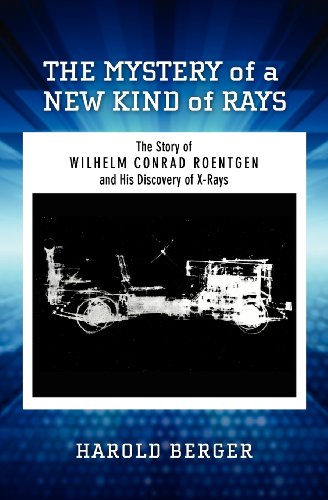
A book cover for The Mystery of a New Kind of Rays: The Story of Wilhelm Conrad Roentgen and His Discovery of X-Rays; Harold Berger; Teen & Young Adult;